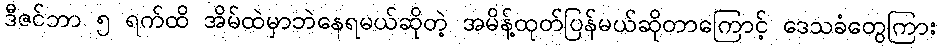
ဒီဇင်ဘာ ၅ ရက်ထိ အိမ်ထဲမှာဘဲနေရမယ်ဆိုတဲ့ အမိန့်ထုတ်ပြန်မယ်ဆိုတာကြောင့် ဒေသခံတွေကြား